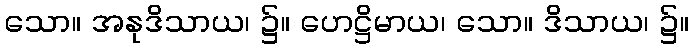
သော။ အနုဒိသာယ၊ ၌။ ဟေဋ္ဌိမာယ၊ သော။ ဒိသာယ၊ ၌။